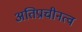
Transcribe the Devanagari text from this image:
अतिप्राचीनत्व